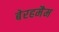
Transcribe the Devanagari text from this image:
बेरहमैम